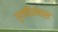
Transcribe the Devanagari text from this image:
गुणविशेषास